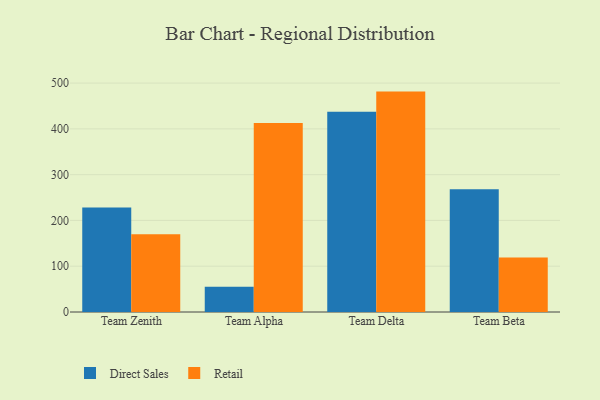
{"axis": {"x": "Team", "y": "Production Output"}, "legend": ["Direct Sales", "Retail"], "data": [{"x": "Team Zenith", "y": 228.2, "type": "Direct Sales"}, {"x": "Team Zenith", "y": 169.6, "type": "Retail"}, {"x": "Team Alpha", "y": 54.9, "type": "Direct Sales"}, {"x": "Team Alpha", "y": 412.9, "type": "Retail"}, {"x": "Team Delta", "y": 437.3, "type": "Direct Sales"}, {"x": "Team Delta", "y": 481.4, "type": "Retail"}, {"x": "Team Beta", "y": 267.9, "type": "Direct Sales"}, {"x": "Team Beta", "y": 119.1, "type": "Retail"}]}